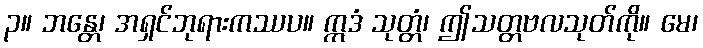
၃။ ဘန္တေ၊ အရှင်ဘုရားကဿပ။ ဣဒံ သုတ္တံ၊ ဤသတ္တဗလသုတ်ကို။ မေ၊